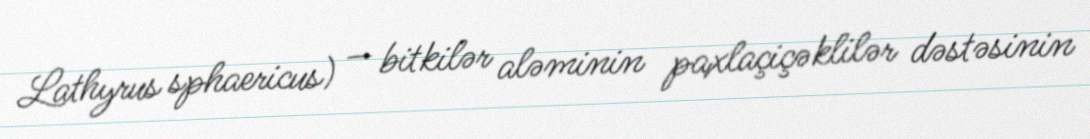
Lathyrus sphaericus) — bitkilər aləminin paxlaçiçəklilər dəstəsinin